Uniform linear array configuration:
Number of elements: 64
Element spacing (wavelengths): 0.75
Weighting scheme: hann
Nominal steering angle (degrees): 45
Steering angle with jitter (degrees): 45.439
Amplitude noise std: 0.05
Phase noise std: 0.05

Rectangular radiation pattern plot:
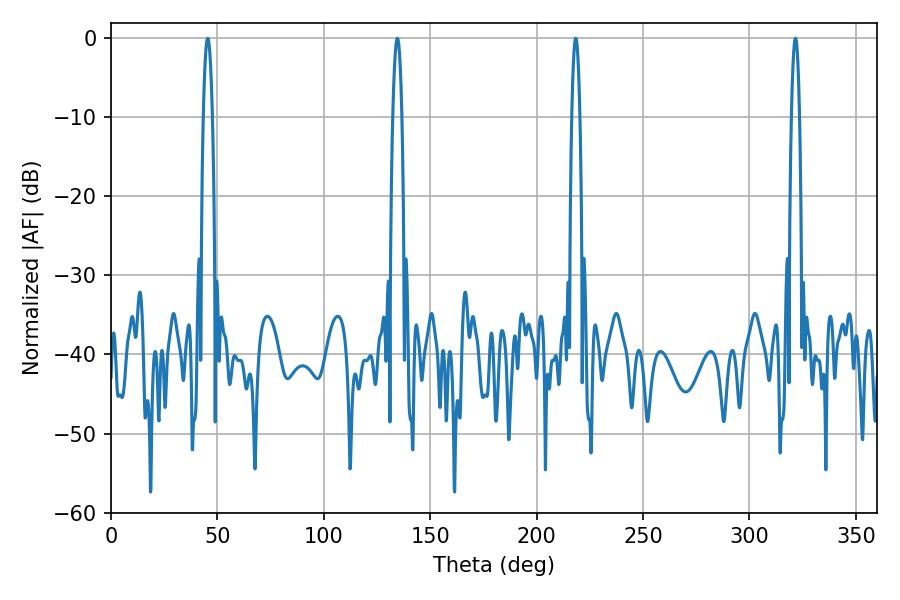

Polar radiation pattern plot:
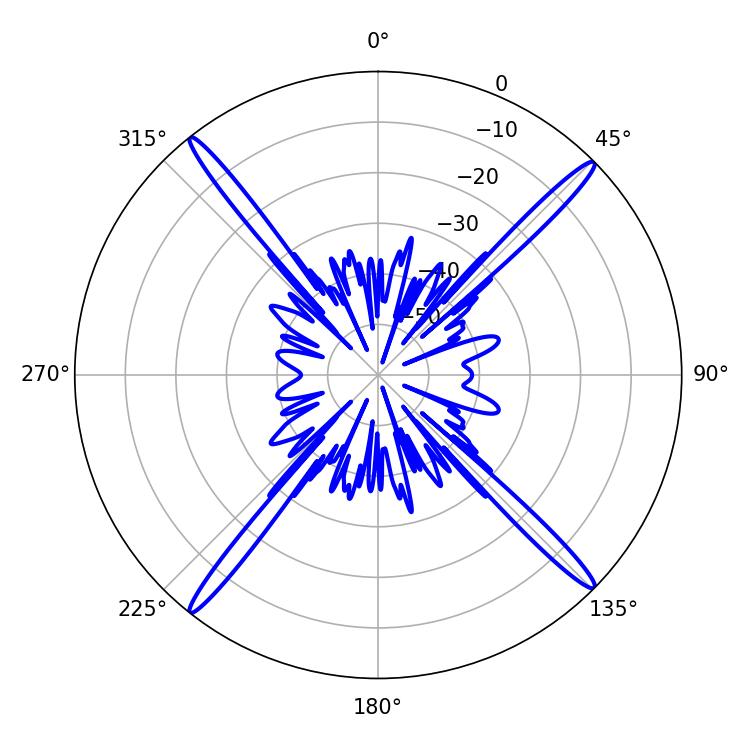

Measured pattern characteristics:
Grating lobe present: TRUE
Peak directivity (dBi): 21.495
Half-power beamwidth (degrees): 1.98
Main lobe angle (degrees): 218.34